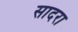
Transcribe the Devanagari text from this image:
सादरा